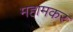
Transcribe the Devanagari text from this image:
महामकर